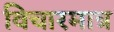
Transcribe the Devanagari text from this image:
विचारमात्र